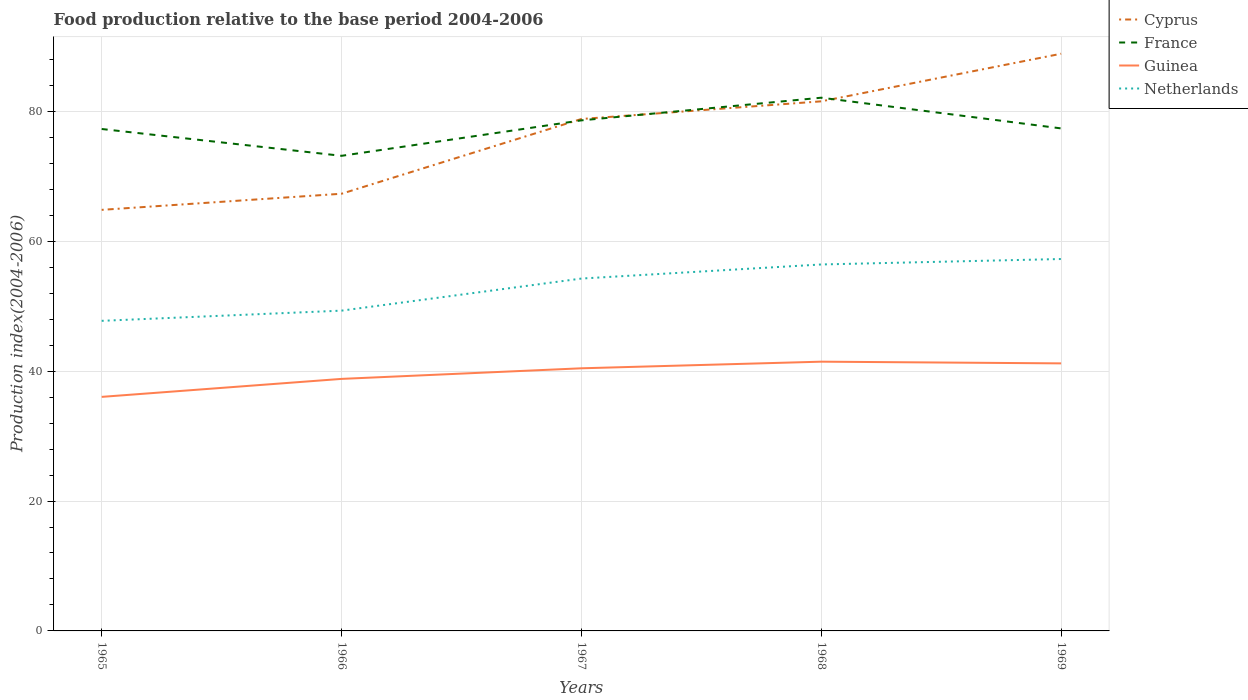
| Years | Cyprus | France | Guinea | Netherlands |
 | --- | --- | --- | --- | --- |
 | 1965 | 64.8 | 77.3 | 36 | 47.8 |
 | 1966 | 67.3 | 73.2 | 38.8 | 49.3 |
 | 1967 | 78.8 | 78.6 | 40.4 | 54.3 |
 | 1968 | 81.5 | 82.1 | 41.5 | 56.4 |
 | 1969 | 88.9 | 77.4 | 41.2 | 57.3 |